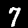
Label: 7